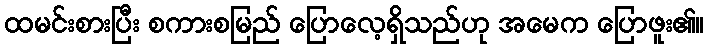
ထမင်းစားပြီး စကားစမြည် ပြောလေ့ရှိသည်ဟု အမေက ပြောဖူး၏။